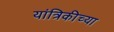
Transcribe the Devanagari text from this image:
यांत्रिकीच्या